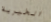
الخيرية